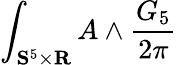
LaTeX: \int_{\mathbf{S}^{5}\times\mathbf{R}}A\wedge\frac{G_{5}}{2\pi}